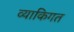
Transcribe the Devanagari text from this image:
व्याकिगत